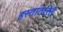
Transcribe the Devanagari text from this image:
हस्तांतरित